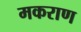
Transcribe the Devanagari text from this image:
मकराण